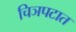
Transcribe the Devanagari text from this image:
चिञपटात